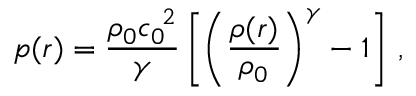
p ( \boldsymbol { r } ) = \frac { \rho _ { 0 } { c _ { 0 } } ^ { \! 2 } } { \gamma } \left[ \left( \frac { \rho ( \boldsymbol { r } ) } { \rho _ { 0 } } \right) ^ { \gamma } - 1 \right] \, ,